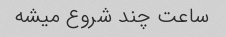
ساعت چند شروع میشه